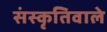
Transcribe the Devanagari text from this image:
संस्कृतिवाले